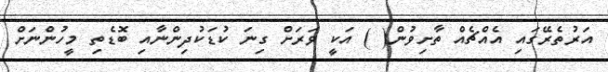
އަރުތެރޭގައި އެއްޗެއް ތާށިވުން( ) އަކީ ވަރަށް ގިނަ ކުޑަކުދިންނާއި ބޮޑެތި މީހުންނަށް